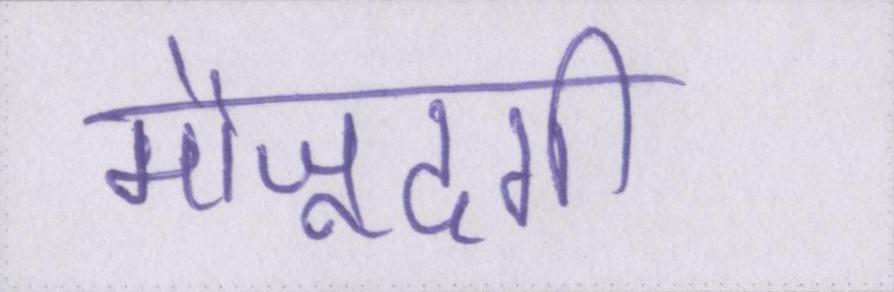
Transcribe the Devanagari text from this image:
मौजूदगी